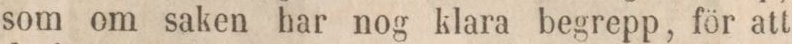
som om saken har nog klara begrepp, för att